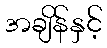
အချိန်နှင့်